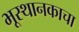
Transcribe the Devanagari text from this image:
भूस्थानकाचा